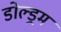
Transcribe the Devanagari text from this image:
डोल्ड्रम